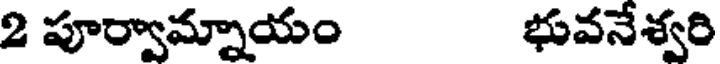
2 పూర్వామ్నాయం భువనేశ్వరి